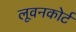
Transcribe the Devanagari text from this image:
लूवनकोर्ट